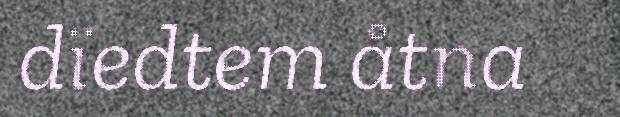
dïedtem åtna